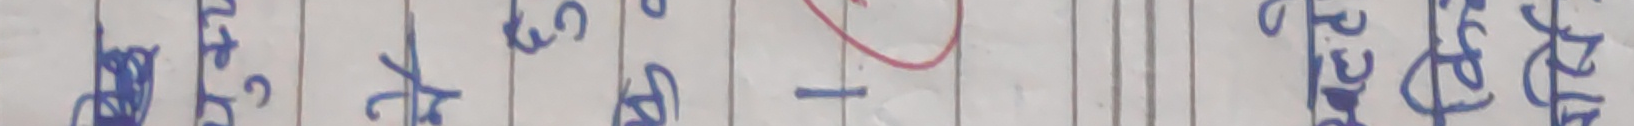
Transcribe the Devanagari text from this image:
तत 342 के द्य